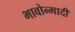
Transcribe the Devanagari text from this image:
भावोन्मादी